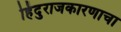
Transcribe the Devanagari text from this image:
हिंदुराजकारणाचा